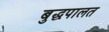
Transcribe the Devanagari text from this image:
बुद्धपालत